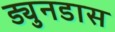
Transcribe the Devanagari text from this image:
ड्युनडास